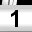
Digit: 1